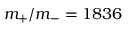
m _ { \mathrm { + } } / m _ { \mathrm { - } } = 1 8 3 6